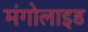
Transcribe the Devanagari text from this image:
मंगोलाइड